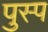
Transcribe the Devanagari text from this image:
पुस्प